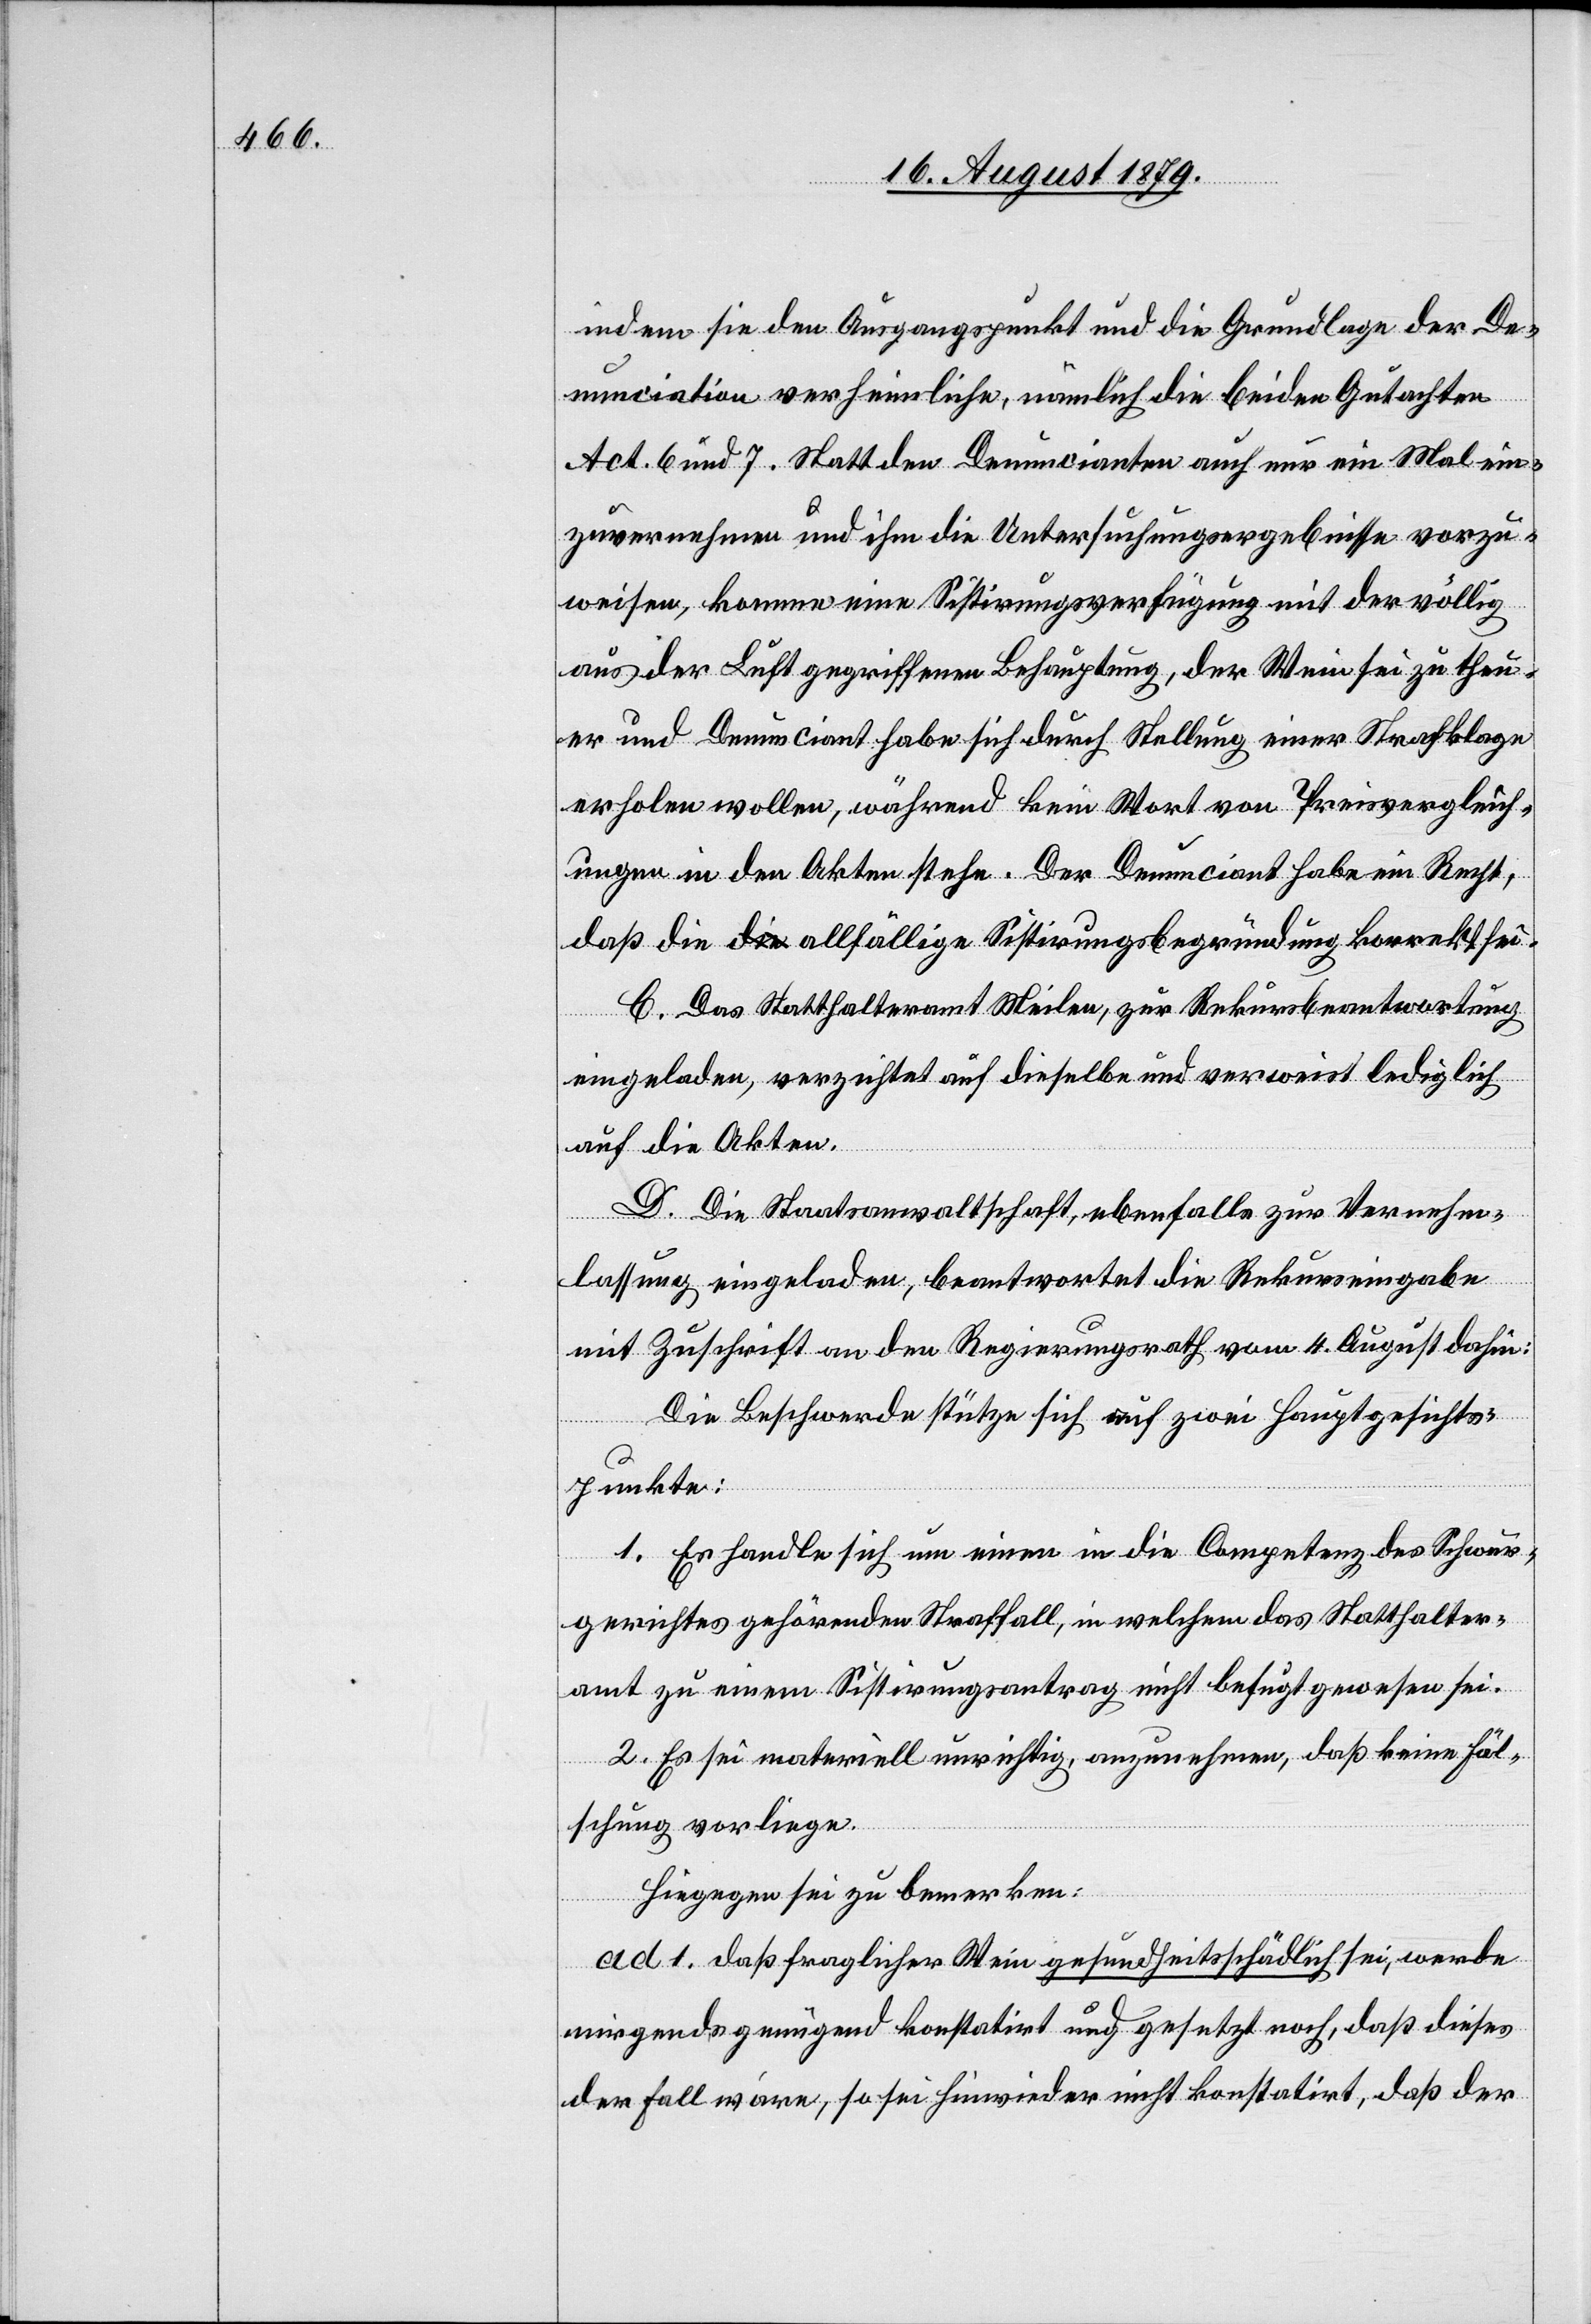
indem sie den Ausgangspunkt und die Grundlage der De¬
nunciation verheimliche, nämlich die beiden Gutachten
Act. 6 und 7. Statt den Denuncianten auch nur ein Mal ein¬
zuvernehmen und ihm die Untersuchungsergebnisse vorzu¬
weisen, komme eine Sistirungsverfügung mit der völlig
aus der Luft gegriffenen Behauptung, der Wein sei zu theu¬
er und Denunciant habe sich durch Stellung einer Strafklage
erholen wollen, während kein Wort von Preisvergleich¬
ungen in den Akten stehe. Der Denunciant habe ein Recht,
daß die allfällige Sistirungsbegründung korrekt sei.
C. Das Statthalteramt Meilen, zur Rekursbeantwortung
eingeladen, verzichtet auf dieselbe und verweist lediglich
auf die Akten.
D. Die Staatsanwaltschaft, ebenfalls zur Vernehm¬
lassung eingeladen, beantwortet die Rekurseingabe
mit Zuschrift an den Regierungsrath vom 4. August dahin:
Die Beschwerde stütze sich auf zwei Hauptgesichts¬
punkte:
1. Es handle sich um einen in die Competenz des Schwur¬
gerichtes gehörende Straffall, in welchem das Statthalter¬
amt zu einem Sistirungsantrag nicht befugt gewesen sei.
2. Es sei materiell unrichtig, anzunehmen, daß keine Fäl¬
schung vorliege.
Hiegegen sei zu bemerken:
ad 1. daß fraglicher Wein gesundheitsschädlich sei, werde
nirgends genügend konstatirt und gesetzt noch, daß dieses
der Fall wäre, so sei hinwieder nicht konstatirt, daß der